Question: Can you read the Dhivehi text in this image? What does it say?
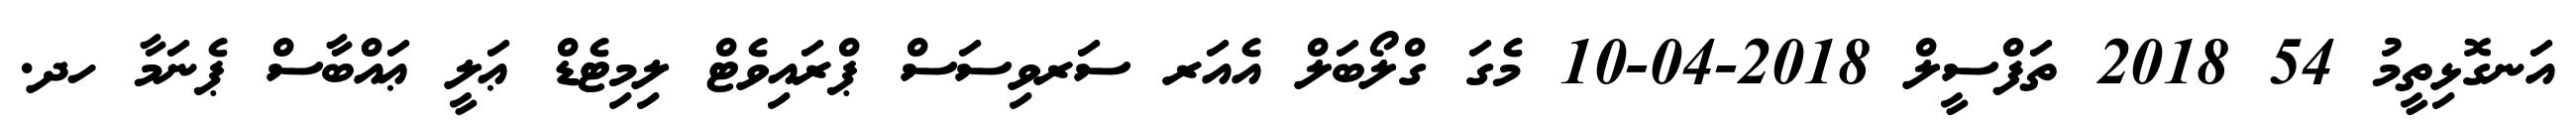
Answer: އަނގޮޅިތީމު 54 2018 ތަފްސީލް 2018-04-10 މެގަ ގްލޯބަލް އެއަރ ސަރވިސަސް ޕްރައިވެޓް ލިމިޓެޑް ޢަލީ ޢައްބާސް ޕެނަމާ ހދ.